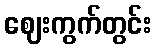
ဈေးကွက်တွင်း